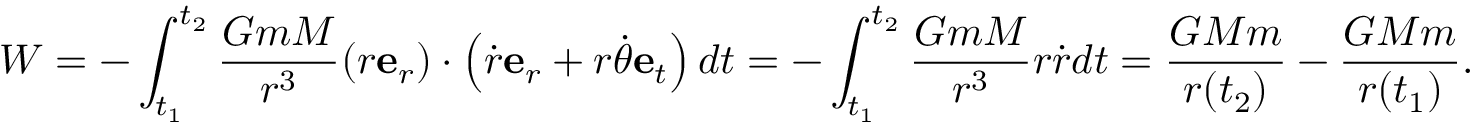
W = - \int _ { t _ { 1 } } ^ { t _ { 2 } } { \frac { G m M } { r ^ { 3 } } } ( r \mathbf { e } _ { r } ) \cdot \left( { \dot { r } } \mathbf { e } _ { r } + r { \dot { \theta } } \mathbf { e } _ { t } \right) d t = - \int _ { t _ { 1 } } ^ { t _ { 2 } } { \frac { G m M } { r ^ { 3 } } } r { \dot { r } } d t = { \frac { G M m } { r ( t _ { 2 } ) } } - { \frac { G M m } { r ( t _ { 1 } ) } } .